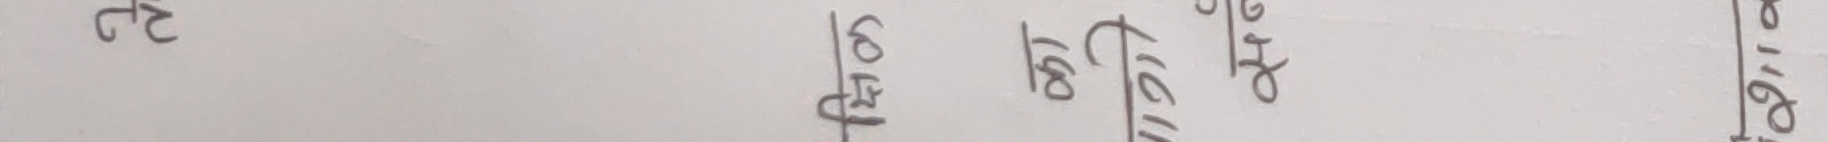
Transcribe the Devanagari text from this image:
१६०
१२८
प्र.नं.
४२